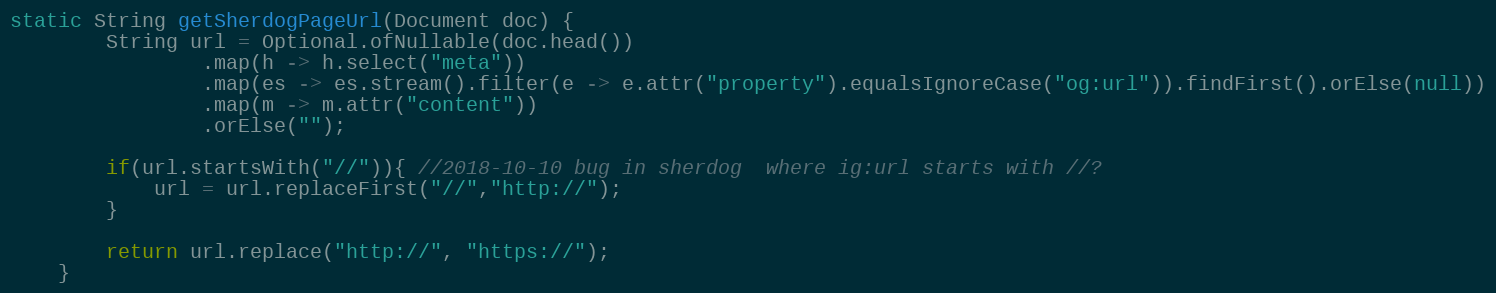
Language: Java
static String getSherdogPageUrl(Document doc) {
        String url = Optional.ofNullable(doc.head())
                .map(h -> h.select("meta"))
                .map(es -> es.stream().filter(e -> e.attr("property").equalsIgnoreCase("og:url")).findFirst().orElse(null))
                .map(m -> m.attr("content"))
                .orElse("");

        if(url.startsWith("//")){ //2018-10-10 bug in sherdog  where ig:url starts with //?
            url = url.replaceFirst("//","http://");
        }

        return url.replace("http://", "https://");
    }